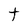
Character: t